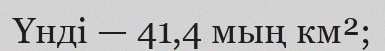
Үнді — 41,4 мың км²;